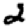
Digit: 2